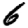
Digit: 6